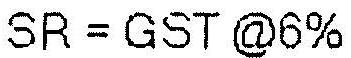
SR = GST @6%